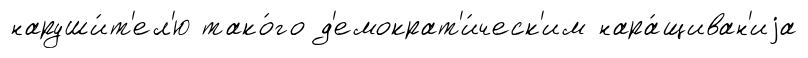
наруши́т'ел'ю тако́го д'емократ'и́ческ'им нара́щиван'иjа